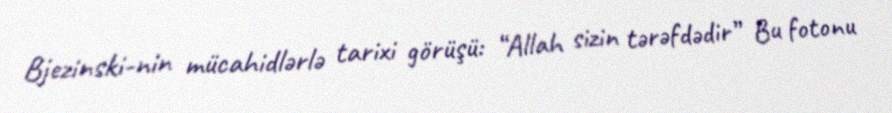
Bjezinski-nin mücahidlərlə tarixi görüşü: “Allah sizin tərəfdədir” Bu fotonu